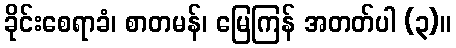
ခိုင်းစေရာခံ၊ စာတမန်၊ မြေကြန် အတတ်ပါ (၃)။